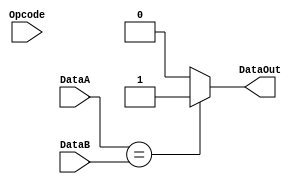
`timescale 1ns/1ns

module Beq_Unit( Opcode, DataA, DataB, DataOut );

    input [5:0]  Opcode;
    input [31:0] DataA, DataB;

    output       DataOut ;

    parameter BEQ = 6'd4;

    assign DataOut = ( DataA == DataB ) ? 1'b1 : 1'b0;

endmodule